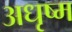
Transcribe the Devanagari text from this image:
अधृष्म